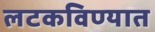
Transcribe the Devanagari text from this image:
लटकविण्यात